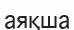
аяқша